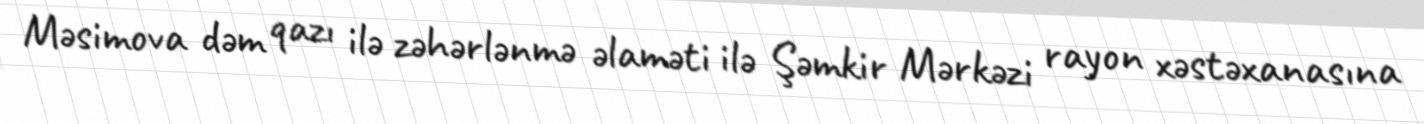
Məsimova dəm qazı ilə zəhərlənmə əlaməti ilə Şəmkir Mərkəzi rayon xəstəxanasına